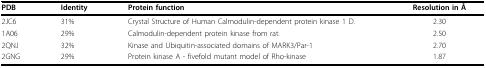
<table><thead><tr><td><b>PDB</b></td><td><b>Identity</b></td><td><b>Protein function</b></td><td><b>Resolution in Å</b></td></tr></thead><tbody><tr><td>2JC6</td><td>31%</td><td>Crystal Structure of Human Calmodulin-dependent protein kinase 1 D.</td><td>2.30</td></tr><tr><td>1A06</td><td>29%</td><td>Calmodulin-dependent protein kinase from rat.</td><td>2.50</td></tr><tr><td>2QNJ</td><td>32%</td><td>Kinase and Ubiquitin-associated domains of MARK3/Par-1</td><td>2.70</td></tr><tr><td>2GNG</td><td>29%</td><td>Protein kinase A - fivefold mutant model of Rho-kinase</td><td>1.87</td></tr></tbody></table>